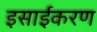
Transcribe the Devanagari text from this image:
इसाईकरण